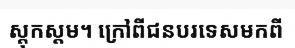
ស្តុកស្តម។ ក្រៅពីជនបរទេសមកពី